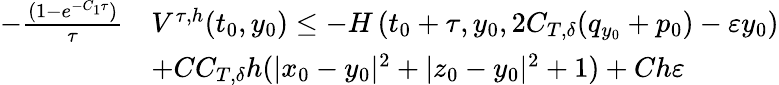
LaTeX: \begin{array}{rl}{-\frac{(1-e^{-C_{1}\tau})}\tau}&{V^{\tau,h}(t_{0},y_{0})\leq-H\left(t_{0}+\tau,y_{0},2C_{T,\delta}(q_{y_{0}}+p_{0})-\varepsilon y_{0}\right)}\\ &{+CC_{T,\delta}h(|x_{0}-y_{0}|^{2}+|z_{0}-y_{0}|^{2}+1)+Ch\varepsilon}\end{array}